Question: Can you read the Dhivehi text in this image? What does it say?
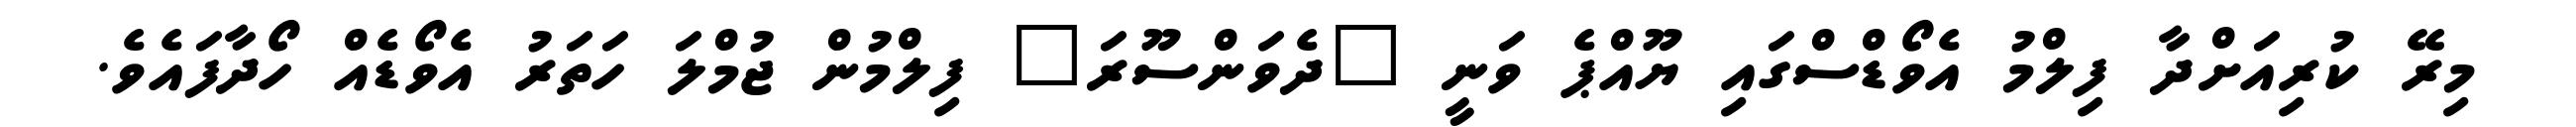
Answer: މިރޭ ކުރިއަށްދާ ފިލްމު އެވޯޑްސްގައި ޔޫއްޕެ ވަނީ "ދެވަންސޫރަ" ފިލްމުން ޖުމްލަ ހަތަރު އެވޯޑެއް ހޯދާފައެވެ.